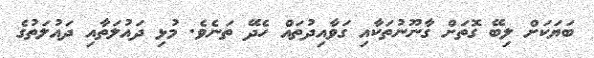
ބަޔަކަށް ލިބޭ ގޮތަށް ގާނޫނުތަކާއި ގަވާއިދުތައް ހެދޭ ތަނެވެ. މުޅި ދައުލަތާއި ދައުލަތުގެ